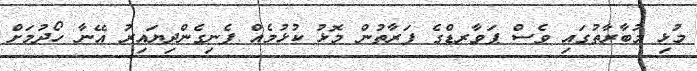
މުޅި މުބާރާތުގައި ވެސް ޕަވާރޑްގެ ފަރާތުން މޮޅު ކުޅުމެއް ފެނިގެންދިޔައިރު އޭނާ ހޯދުމަށް